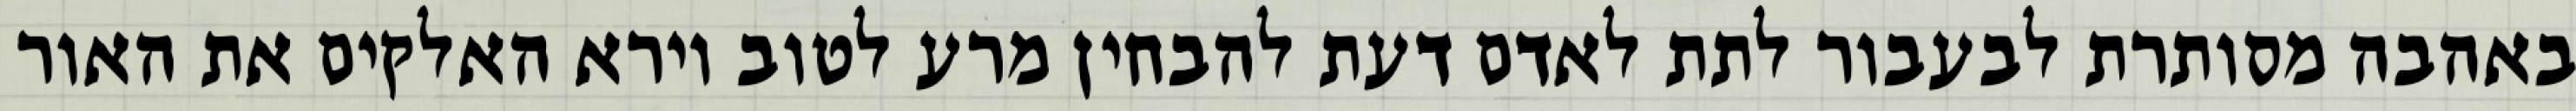
באהבה מסותרת לבעבור לתת לאדם דעת להבחין מרע לטוב וירא האלקים את האור